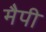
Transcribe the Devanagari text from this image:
मैपी